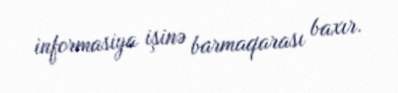
informasiya işinə barmaqarası baxır.